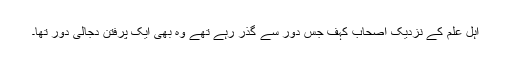
اہل علم کے نزدیک اصحاب کہف جس دور سے گذر رہے تھے وہ بھی ایک پرفتن دجالی دور تھا۔